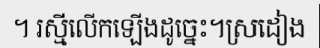
។ រស្មីលើកឡើងដូច្នេះ។ស្រដៀង